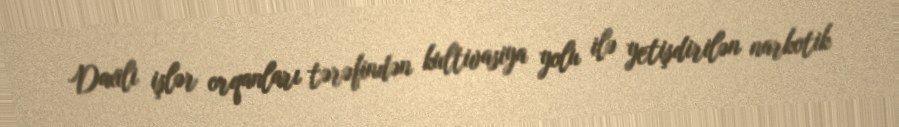
Daxili işlər orqanları tərəfindən kultivasiya yolu ilə yetişdirilən narkotik